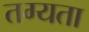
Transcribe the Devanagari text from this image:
तग्यता